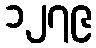
၁၂၇၉